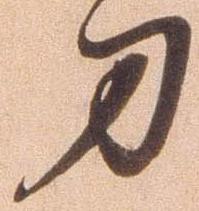
刀